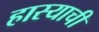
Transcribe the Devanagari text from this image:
हास्याची